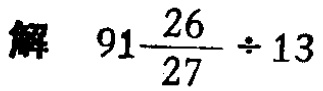
解 \(91\frac{26}{27}\div 13\)